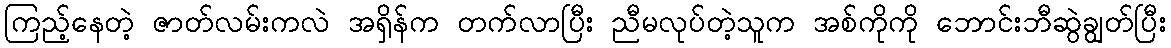
ကြည့်နေတဲ့ ဇာတ်လမ်းကလဲ အရှိန်က တက်လာပြီး ညီမလုပ်တဲ့သူက အစ်ကိုကို ဘောင်းဘီဆွဲချွတ်ပြီး